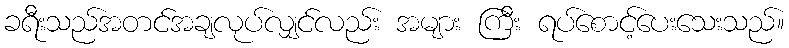
ခရီးသည်အတင်အချလုပ်လျှင်လည်း အများ ကြီး ရပ်စောင့်ပေးသေးသည်။